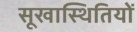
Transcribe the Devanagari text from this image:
सूखास्थितियों